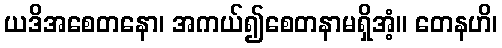
ယဒိအစေတနော၊ အကယ်၍စေတနာမရှိအံ့။ တေနဟိ၊